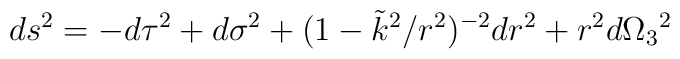
ds^2= -d\tau^2+d\sigma^2 + (1-\tilde k^2/r^2)^{-2}dr^2 + r^2d\Omega_{3}{}^2